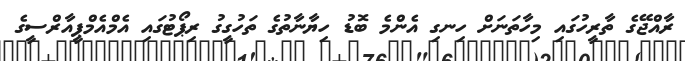
ރާއްޖޭގެ ތާރީހުގައި މިހާތަނަށް ހިނގި އެންމެ ބޮޑު ހިޔާނާތުގެ ތަހުގީގު ރިޕޯޓުގައި އެމްއެމްޕީއާރްސީގެ